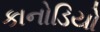
કાનોડિયો